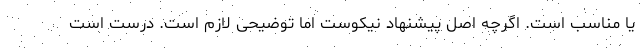
یا مناسب است. اگرچه اصل پیشنهاد نیکوست اما توضیحی لازم است. درست است